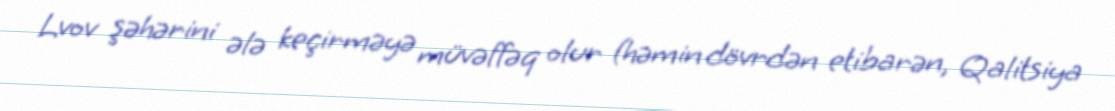
Lvov şəhərini ələ keçirməyə müvəffəq olur (həmin dövrdən etibarən, Qalitsiya